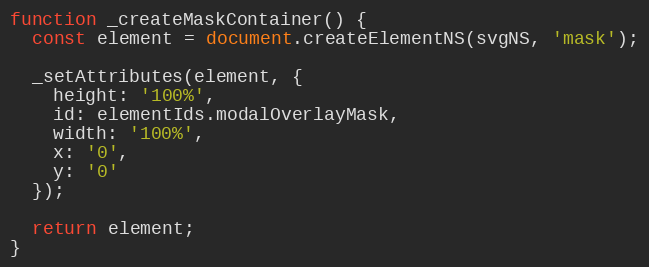
Language: JavaScript
function _createMaskContainer() {
  const element = document.createElementNS(svgNS, 'mask');

  _setAttributes(element, {
    height: '100%',
    id: elementIds.modalOverlayMask,
    width: '100%',
    x: '0',
    y: '0'
  });

  return element;
}